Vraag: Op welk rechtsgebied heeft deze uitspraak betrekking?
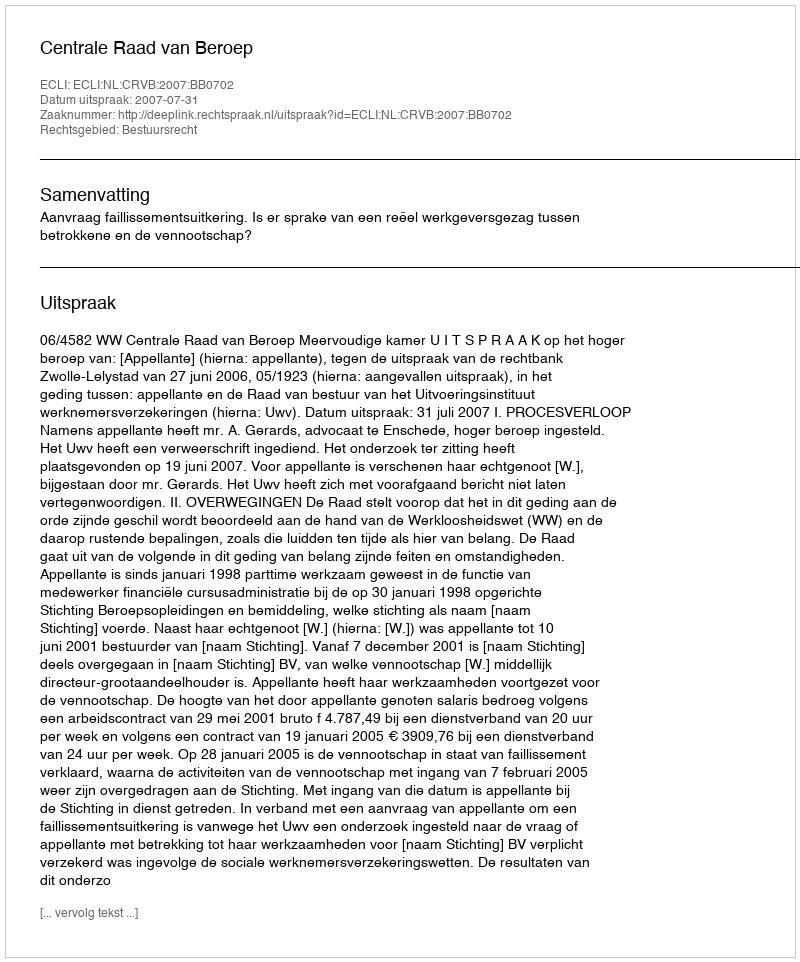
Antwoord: Bestuursrecht